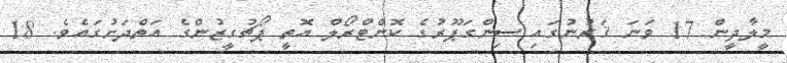
މީލާދީން 17 ވަނަ ޤަރުނުގައި ސިންގަޕޫރުގެ ކޮންޓްރޯލް އޮތީ ޕޯޗުގީޒުންގެ އަތްދަށުގައެވެ. 18